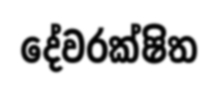
දේවරක්ෂිත